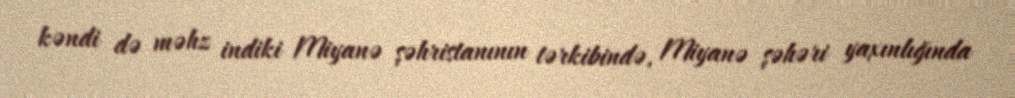
kəndi də məhz indiki Miyanə şəhristanının tərkibində, Miyanə şəhəri yaxınlığında